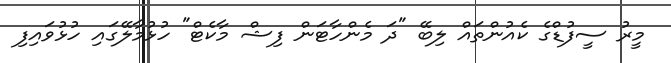
މީރު ސީފުޑްގެ ކެއުންތައް ލިބޭ "ދަ މެންހާޓަން ފިޝް މާކެޓް" ހުޅުމާލޭގައި ހުޅުވައިފި